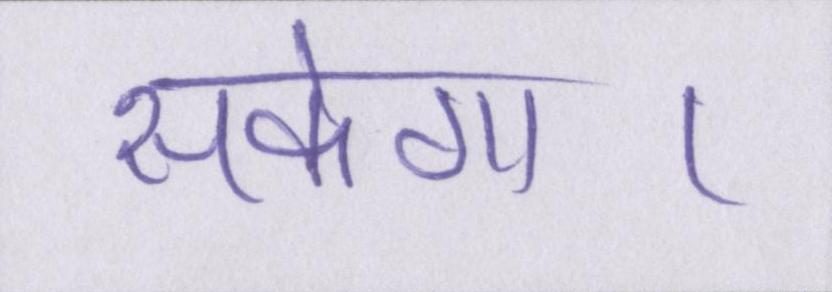
सकेगा।